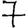
Digit: 7